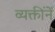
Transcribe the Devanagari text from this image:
व्यक्तींनें